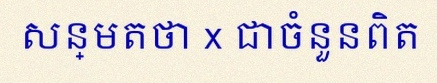
សន្មតថា x ជាចំនួនពិត